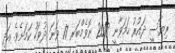
ރިޔާސީ ދައުރު ހަމަވާނީ 2018 ނޮވެމްބަރ 17 ވަނަ ދުވަހު ކަމަށެވެ. އަދި